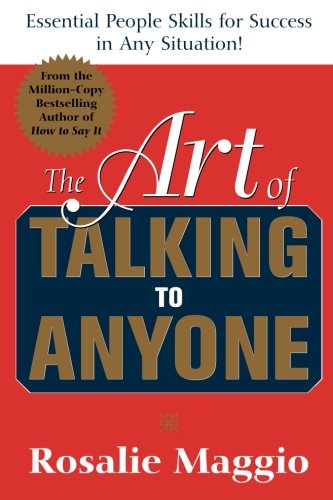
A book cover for The Art of Talking to Anyone: Essential People Skills for Success in Any Situation; Rosalie Maggio ; Reference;